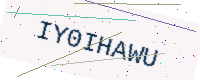
Text: IY0IHAWU